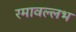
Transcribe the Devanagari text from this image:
रमावल्लभ